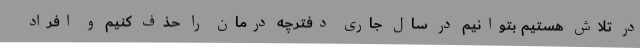
در تلاش هستیم بتوانیم در سال جاری دفترچه درمان را حذف کنیم و افراد